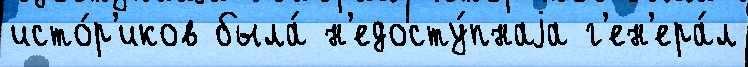
исто́р'иков была́ н'едосту́пнаjа г'ен'ера́л